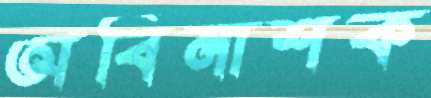
অবিনাশক